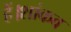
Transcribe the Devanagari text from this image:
हैं।शांकव